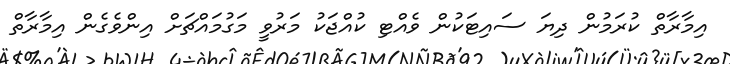
އިމާރާތް ކުރަމުން ދިޔަ ސައިޓަކުން ވެއްޓި ކުއްޖަކު މަރުވީ މަގުމައްޗަށް އިންވެގެން އިމާރާތް